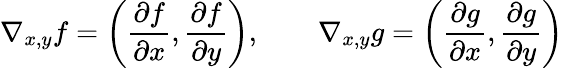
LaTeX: \nabla_{x,y}f=\left({\frac{\partial f}{\partial x}},{\frac{\partial f}{\partial y}}\right),\qquad\nabla_{x,y}g=\left({\frac{\partial g}{\partial x}},{\frac{\partial g}{\partial y}}\right)